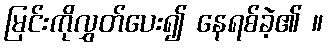
မြင်းကိုလွှတ်ပေး၍ နေရစ်ခဲ့၏ ။